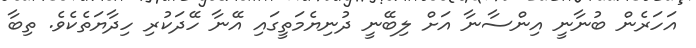
އަހަރެން ބުނާނީ އިންސާނާ އަށް ލިބޭނީ ދުނިޔެމަތީގައި އޭނާ ހޭދަކުރި ހިދާޔަތެކެވެ. ތިބާ